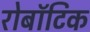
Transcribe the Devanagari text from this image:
रोबॉटिक